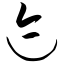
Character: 迹